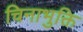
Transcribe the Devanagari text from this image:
चिनाभुक्ति